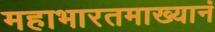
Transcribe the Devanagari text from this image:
महाभारतमाख्यानं